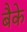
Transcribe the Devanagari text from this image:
बैके